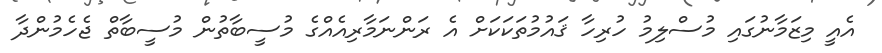
އެއީ މިޒަމާނުގައި މުސްލިމު ހުރިހާ ޤައުމުތަކަކަށް އެ ރަންނަމާރިއެއްގެ މުސީބާތުން މުސީބާތް ޖެހެމުންދާ